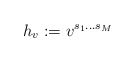
\begin{align*}h_v:=v^{s_1\dots s_M}\end{align*}